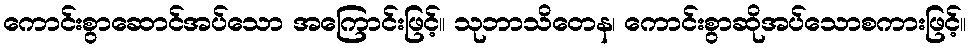
ကောင်းစွာဆောင်အပ်သော အကြောင်းဖြင့်။ သုဘာသိတေန၊ ကောင်းစွာဆိုအပ်သောစကားဖြင့်။